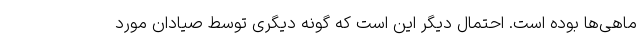
ماهی‌ها بوده است. احتمال دیگر این است که گونه دیگری توسط صیادان مورد